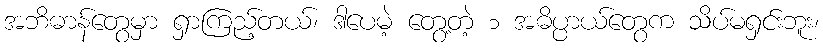
အဘိဓာန်တွေမှာ ရှာကြည့်တယ်၊ ဒါပေမဲ့ တွေ့တဲ့ ၁ အဓိပ္ပာယ်တွေက သိပ်မရှင်းဘူး၊